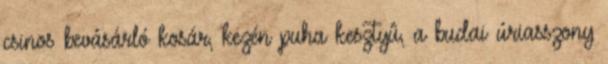
csinos bevásárló kosár, kezén puha kesztyû, a budai úriasszony